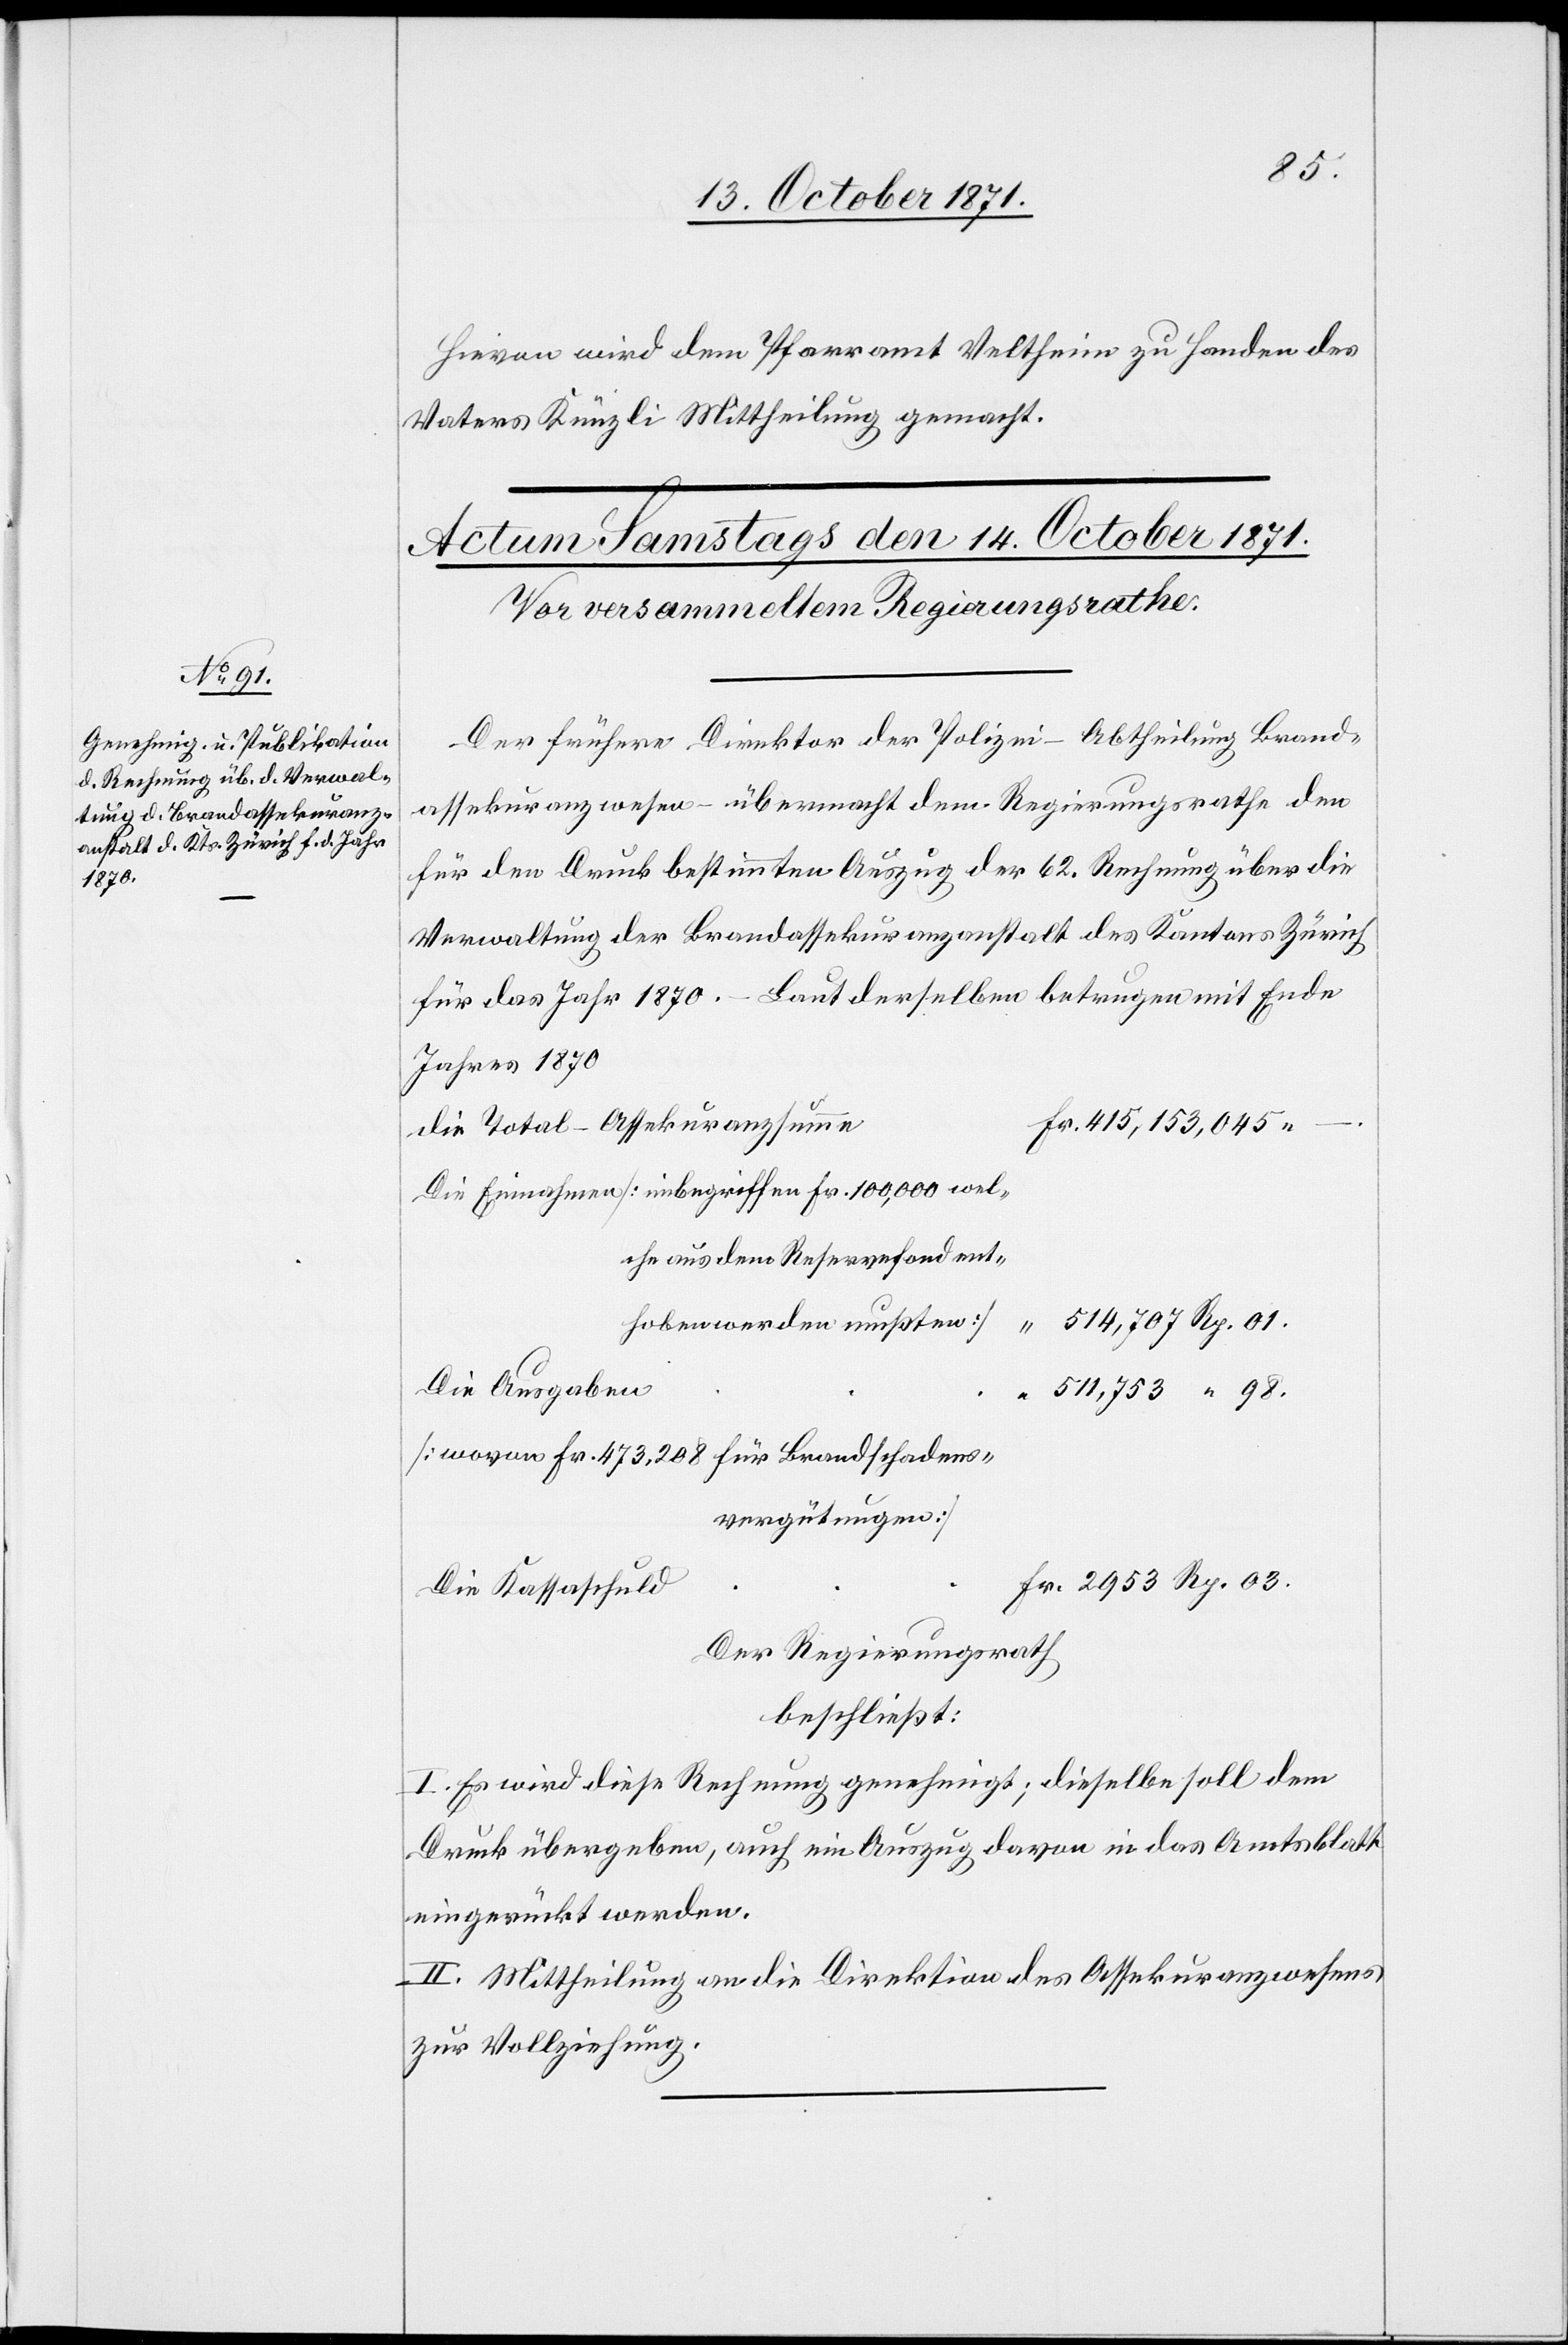
03.
Hievon wird dem Pfarramt Veltheim zu Handen des
Vaters Künzli Mittheilung gemacht.
Der frühere Direktor der Polizei – Abtheilung Brand¬
assekuranzwesen – übermacht dem Regierungsrathe den
für den Druck bestimmten Auszug der 62. Rechnung über die
Verwaltung der Brandassekuranzanstalt des Kantons Zürich
für das Jahr 1870. – Laut derselben betrugen mit Ende
Jahres 1870
die Total-Assekuranzsumme
Die Einnahmen [inbegriffen Fr. 100,000 wel¬
che aus dem Reservenfond ent¬
514,707 Rp. 01
hoben worden mußten]
Die Ausgaben
511,753 Rp. 98.
[wovon Fr. 473,208 für Brandschadens¬
vergütungen]
Die Kassaschuld
Der Regierungsrath
beschließt:
I. Es wird diese Rechnung genehmigt; dieselbe soll dem
Druck übergeben, auch ein Auszug davon in das Amtsblatt
eingerückt werden.
II. Mittheilung an die Direktion des Assekuranzwesens
zur Vollziehung.